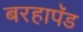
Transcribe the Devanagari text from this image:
बरहापॅड